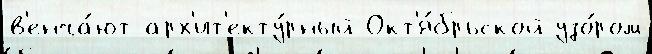
в'енча́ют арх'ит'екту́рный Окт'я́брьской узо́ром